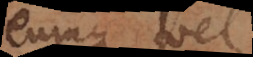
eumque vel